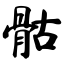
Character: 骷